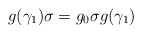
\begin{align*}g(\gamma_1) \sigma = g_0 \sigma g(\gamma_1)\end{align*}